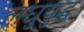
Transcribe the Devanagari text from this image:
लघुयुद्ध